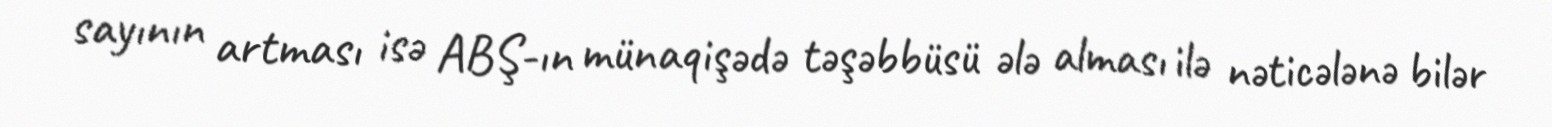
sayının artması isə ABŞ-ın münaqişədə təşəbbüsü ələ alması ilə nəticələnə bilər